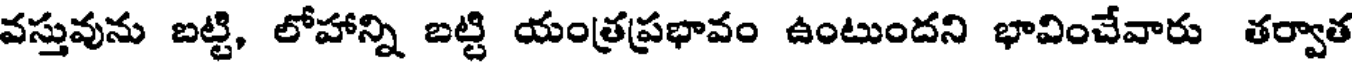
వస్తువును బట్టి, లోహాన్ని బట్టి యంత్రప్రభావం ఉంటుందని భావించేవారు తర్వాత